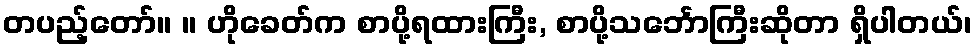
တပည့်တော်။ ။ ဟိုခေတ်က စာပို့ရထားကြီး, စာပို့သင်္ဘောကြီးဆိုတာ ရှိပါတယ်၊